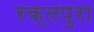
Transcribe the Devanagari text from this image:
रक्तपुरा